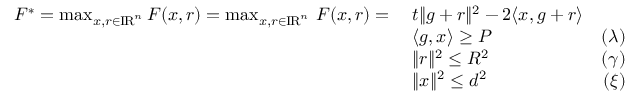
\begin{array} { r l r } { F ^ { * } = \operatorname* { m a x } _ { x , r \in \mathrm { I \! R } ^ { n } } F ( x , r ) = \operatorname* { m a x } _ { x , r \in \mathrm { I \! R } ^ { n } } \, F ( x , r ) = \; } & { t \| g + r \| ^ { 2 } - 2 \langle x , g + r \rangle } \\ & { \langle g , x \rangle \geq P } & { ( \lambda ) } \\ & { \| r \| ^ { 2 } \leq R ^ { 2 } } & { ( \gamma ) } \\ & { \| x \| ^ { 2 } \leq d ^ { 2 } } & { ( \xi ) } \end{array}